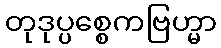
တုဒုပ္ပစ္စေကဗြဟ္မာ